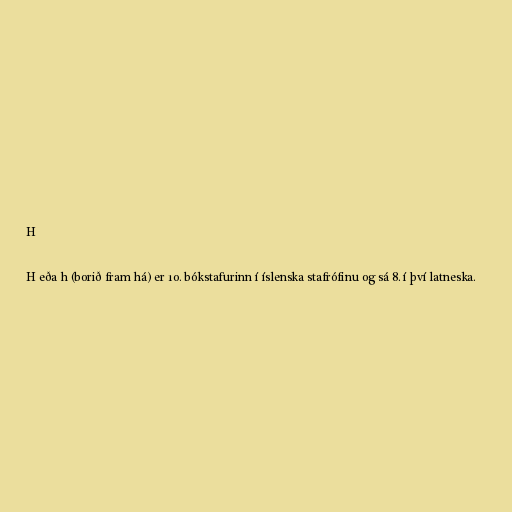
H

H eða h (borið fram há) er 10. bókstafurinn í íslenska stafrófinu og sá 8. í því latneska.